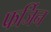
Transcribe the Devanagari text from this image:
फर्जिन